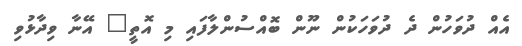
އެއް ދުވަހުން ދެ ދުވަހަކުން ނޫން ބޮއްސުންލާފައި މި އޮތީ" އޭނާ ވިދާޅުވި